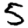
Digit: 5